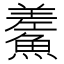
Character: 𩺃